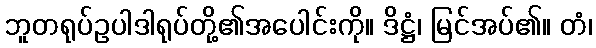
ဘူတရုပ်ဥပါဒါရုပ်တို့၏အပေါင်းကို။ ဒိဋ္ဌံ၊ မြင်အပ်၏။ တံ၊